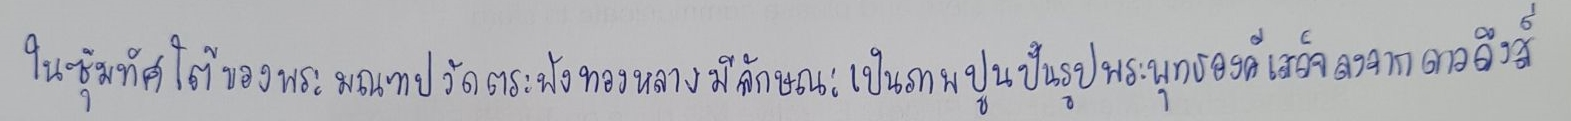
ในซุ้มทิศใต้ของพระมณฑปวัดตระพังทองหลางมีลักษณะเป็นภาพปูนปั้นรูปพระพุทธองค์เสด็จลงจากดาวดึงส์